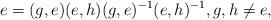
LaTeX: \begin{align*}e=(g,e)(e,h)(g,e)^{-1}(e,h)^{-1},g,h\neq e,\end{align*}